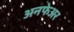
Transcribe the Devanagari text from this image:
अनफेअर